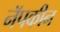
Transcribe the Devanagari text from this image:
नॅपकीन